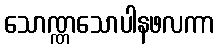
သောဏ္ဏသောပါနဖလကာ